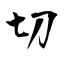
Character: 切